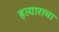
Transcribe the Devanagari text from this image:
हत्याराचा